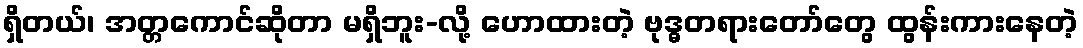
ရှိတယ်၊ အတ္တကောင်ဆိုတာ မရှိဘူး-လို့ ဟောထားတဲ့ ဗုဒ္ဓတရားတော်တွေ ထွန်းကားနေတဲ့